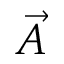
\vec { A }